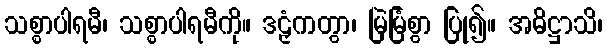
သစ္စာပါရမီ၊ သစ္စာပါရမီကို။ ဒဠှံကတွာ၊ မြဲမြံစွာ ပြု၍။ အဓိဋ္ဌာသိ၊